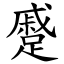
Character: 蹙